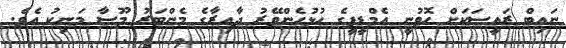
ނައިބް ރައީސަކަށް ހޮވުނީ އެމްޑީޕީގެ ހުޅުހެންވޭރު ދާއިރާގެ މެންބަރު މޫސާ މަނިކު އެވެ.